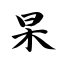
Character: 杲